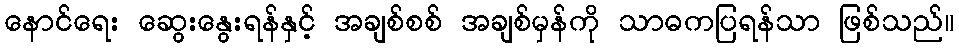
နောင်ရေး ဆွေးနွေးရန်နှင့် အချစ်စစ် အချစ်မှန်ကို သာဓကပြရန်သာ ဖြစ်သည်။